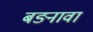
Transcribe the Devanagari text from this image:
बङनावा